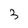
Character: 3